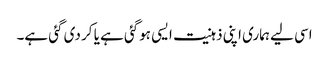
اسی لیے ہماری اپنی ذہنیت ایسی ہوگئی ہے یا کر دی گئی ہے۔